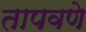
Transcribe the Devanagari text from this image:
तापवणे